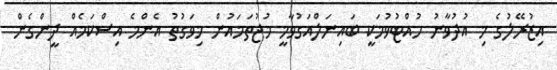
އިޒުރޭލުގެ މި އުދުވާނު ހުއްޓުވުމަކީ ބައިނަލްއަގުވާމީ މުޖުތަމައުން މިވަގުތު އެންމެ އިސްކަމެއް ދީންގެން